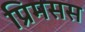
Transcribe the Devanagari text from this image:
प्रिमसस